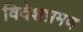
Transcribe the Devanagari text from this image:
विदेशभ्रमण